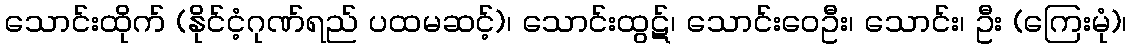
သောင်းထိုက် (နိုင်ငံ့ဂုဏ်ရည် ပထမဆင့်)၊ သောင်းထွဋ်၊ သောင်းဝေဦး၊ သောင်း၊ ဦး (ကြေးမုံ)၊